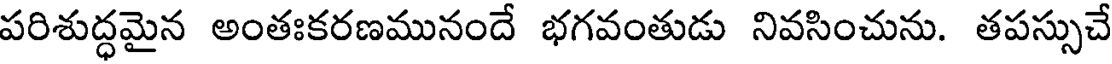
పరిశుద్ధమైన అంతఃకరణమునందే భగవంతుడు నివసించును. తపస్సుచే